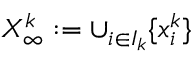
X _ { \infty } ^ { k } : = \cup _ { i \in I _ { k } } \{ x _ { i } ^ { k } \}